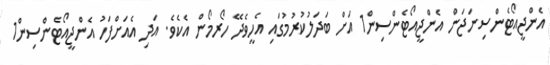
އެންޖީއޯޓެންސިނަޖަން އެންޖީއޯޓެންސިން1 އަށް ބަދަލުކުރުމުގައި އެހީވެދޭ ހޯރމޯން އެކެވެ. އަދި އެއަށްފަހު އެންޖީއޯޓެންސިން1